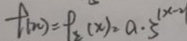
f ( n ) = f _ { 2 } ( x ) = a \cdot 3 ^ { ( x - 2 ) }